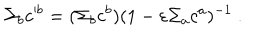
LaTeX: \Sigma _ { b } c ^ { b } = ( \Sigma _ { b } c ^ { b } ) ( 1 - \varepsilon \Sigma _ { a } c ^ { a } ) ^ { - 1 } ~ .